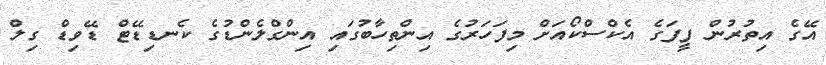
އޭގެ އިތުރުން ފީފަގެ އެކްސްކޯއަށް މިފަހަރުގެ އިންތިހާބުގައި އިންގްލެންޑުގެ ކެނޑިޑޭޓް ޑޭވިޑް ގިލް